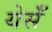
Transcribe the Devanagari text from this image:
येर्सँ